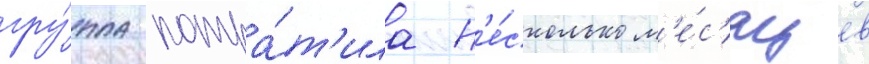
гру́ппа потра́т'ила н'е́сколько м'е́с'яцев